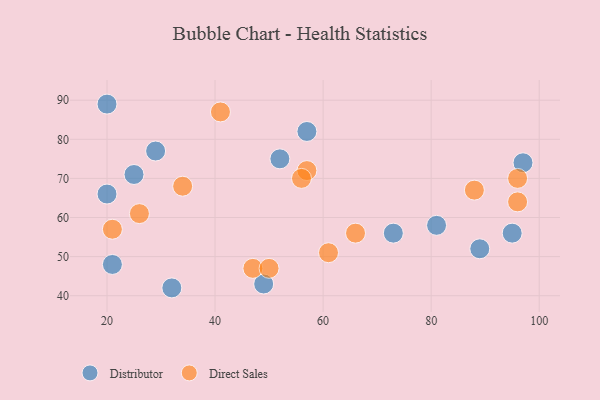
{"axis": {"x": "GDP", "y": "Life Expectancy"}, "legend": ["Direct Sales", "Distributor"], "data": [{"x": "95", "y": 56, "type": "Distributor"}, {"x": "20", "y": 66, "type": "Distributor"}, {"x": "29", "y": 77, "type": "Distributor"}, {"x": "89", "y": 52, "type": "Distributor"}, {"x": "97", "y": 74, "type": "Distributor"}, {"x": "32", "y": 42, "type": "Distributor"}, {"x": "52", "y": 75, "type": "Distributor"}, {"x": "49", "y": 43, "type": "Distributor"}, {"x": "21", "y": 48, "type": "Distributor"}, {"x": "20", "y": 89, "type": "Distributor"}, {"x": "57", "y": 82, "type": "Distributor"}, {"x": "81", "y": 58, "type": "Distributor"}, {"x": "25", "y": 71, "type": "Distributor"}, {"x": "73", "y": 56, "type": "Distributor"}, {"x": "21", "y": 57, "type": "Direct Sales"}, {"x": "47", "y": 47, "type": "Direct Sales"}, {"x": "96", "y": 70, "type": "Direct Sales"}, {"x": "66", "y": 56, "type": "Direct Sales"}, {"x": "41", "y": 87, "type": "Direct Sales"}, {"x": "57", "y": 72, "type": "Direct Sales"}, {"x": "34", "y": 68, "type": "Direct Sales"}, {"x": "61", "y": 51, "type": "Direct Sales"}, {"x": "96", "y": 64, "type": "Direct Sales"}, {"x": "50", "y": 47, "type": "Direct Sales"}, {"x": "56", "y": 70, "type": "Direct Sales"}, {"x": "88", "y": 67, "type": "Direct Sales"}, {"x": "26", "y": 61, "type": "Direct Sales"}]}